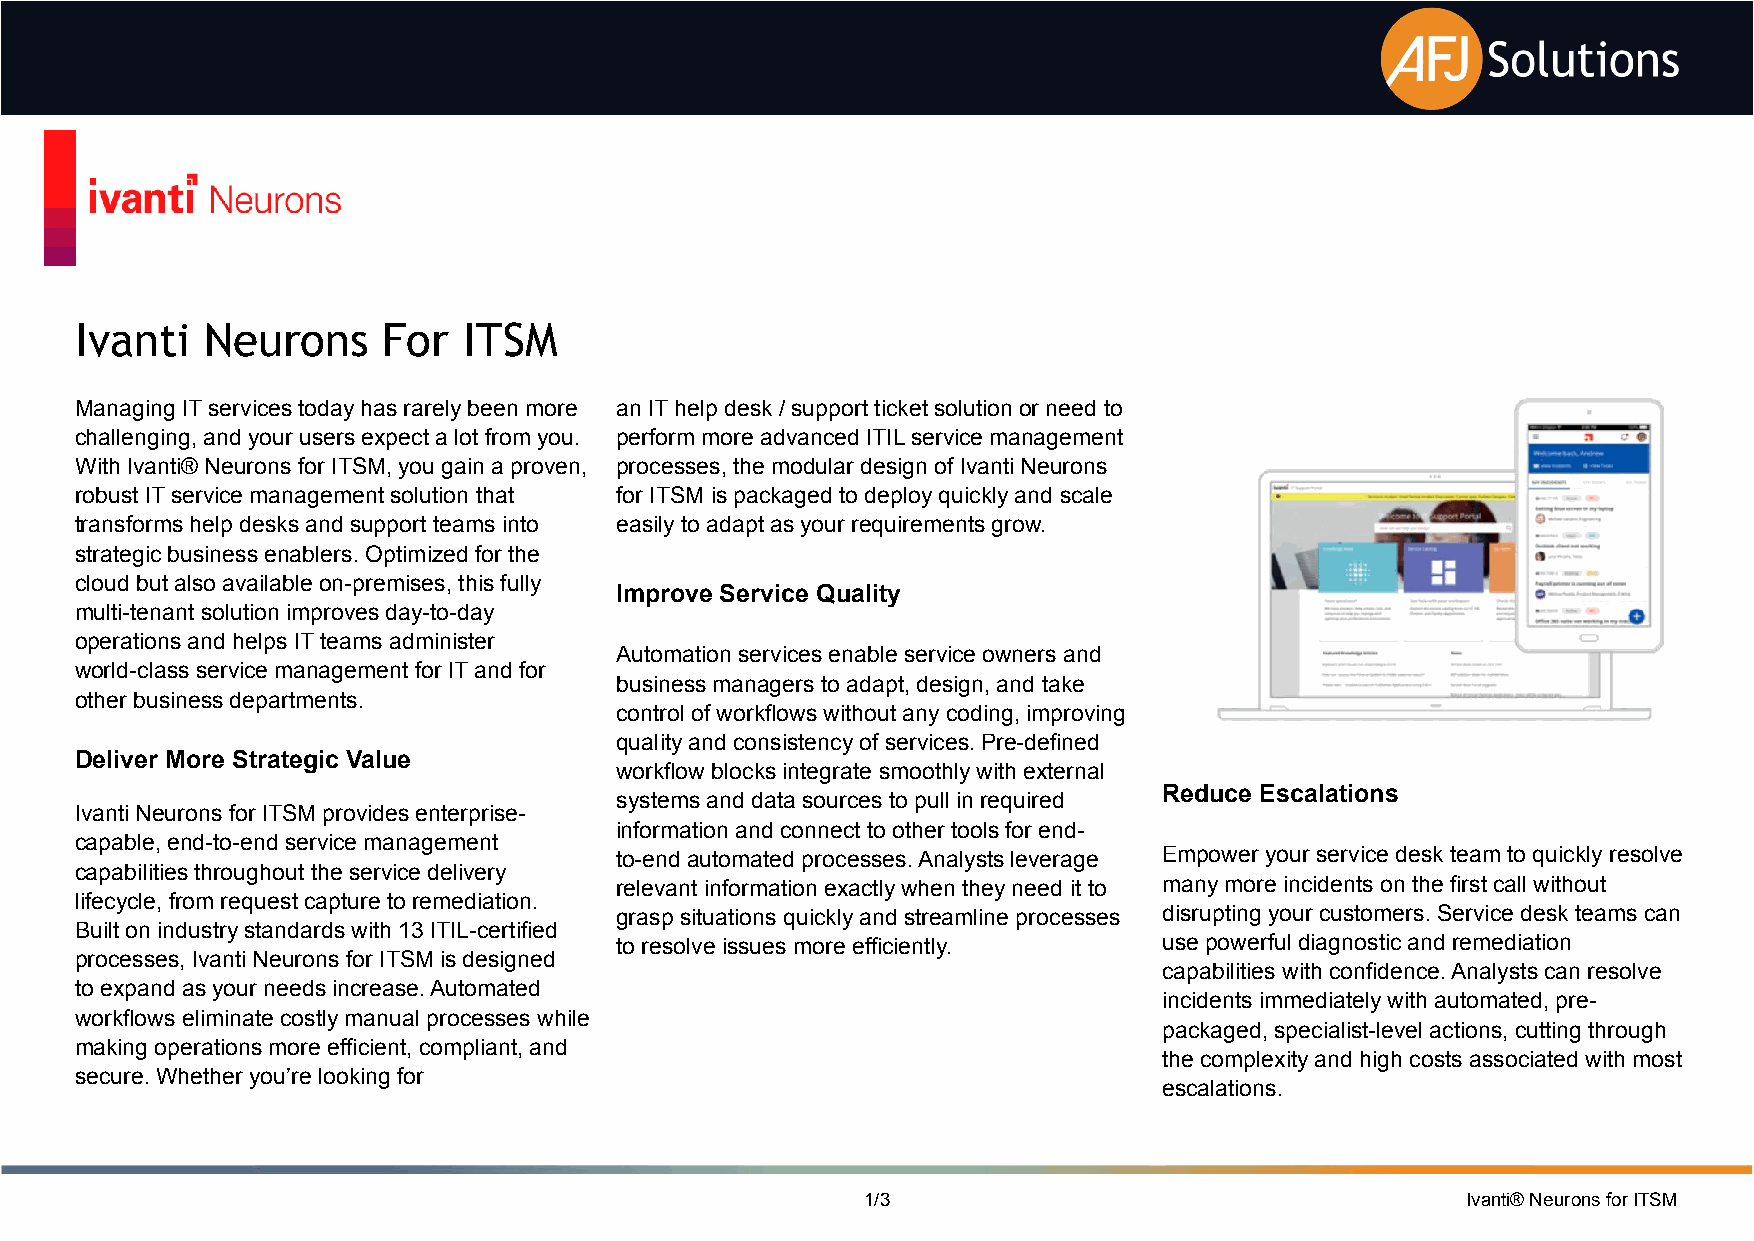
Ivanti   Neurons    For   ITSM
 Managing IT services today has rarely been more an IT help desk / support ticket solution or need to
 challenging, and your users expect a lot from you. perform more advanced ITIL service management
 With Ivanti® Neurons for ITSM, you gain a proven, processes, the modular design of Ivanti Neurons
 robust IT service management solution that for ITSM is packaged to deploy quickly and scale
 transforms help desks and support teams into easily to adapt as your requirements grow.
 strategic business enablers. Optimized for the
 cloud but also available on-premises, this fully
 Improve Service Quality
 multi-tenant solution improves day-to-day
 operations and helps IT teams administer
 Automation services enable service owners and
 world-class service management for IT and for
 business managers to adapt, design, and take
 other business departments.
 control of workflows without any coding, improving
 quality and consistency of services. Pre-defined
 Deliver More Strategic Value
 workflow blocks integrate smoothly with external
 Reduce Escalations
 systems and data sources to pull in required
 Ivanti Neurons for ITSM provides enterprise-
 information and connect to other tools for end-
 capable, end-to-end service management
 to-end automated processes. Analysts leverage Empower your service desk team to quickly resolve
 capabilities throughout the service delivery
 relevant information exactly when they need it to many more incidents on the first call without
 lifecycle, from request capture to remediation.
 grasp situations quickly and streamline processes disrupting your customers. Service desk teams can
 Built on industry standards with 13 ITIL-certified
 to resolve issues more efficiently. use powerful diagnostic and remediation
 processes, Ivanti Neurons for ITSM is designed
 capabilities with confidence. Analysts can resolve
 to expand as your needs increase. Automated
 incidents immediately with automated, pre-
 workflows eliminate costly manual processes while
 packaged, specialist-level actions, cutting through
 making operations more efficient, compliant, and
 the complexity and high costs associated with most
 secure. Whether you’re looking for
 escalations.
 1/3                                     Ivanti® Neurons for ITSM